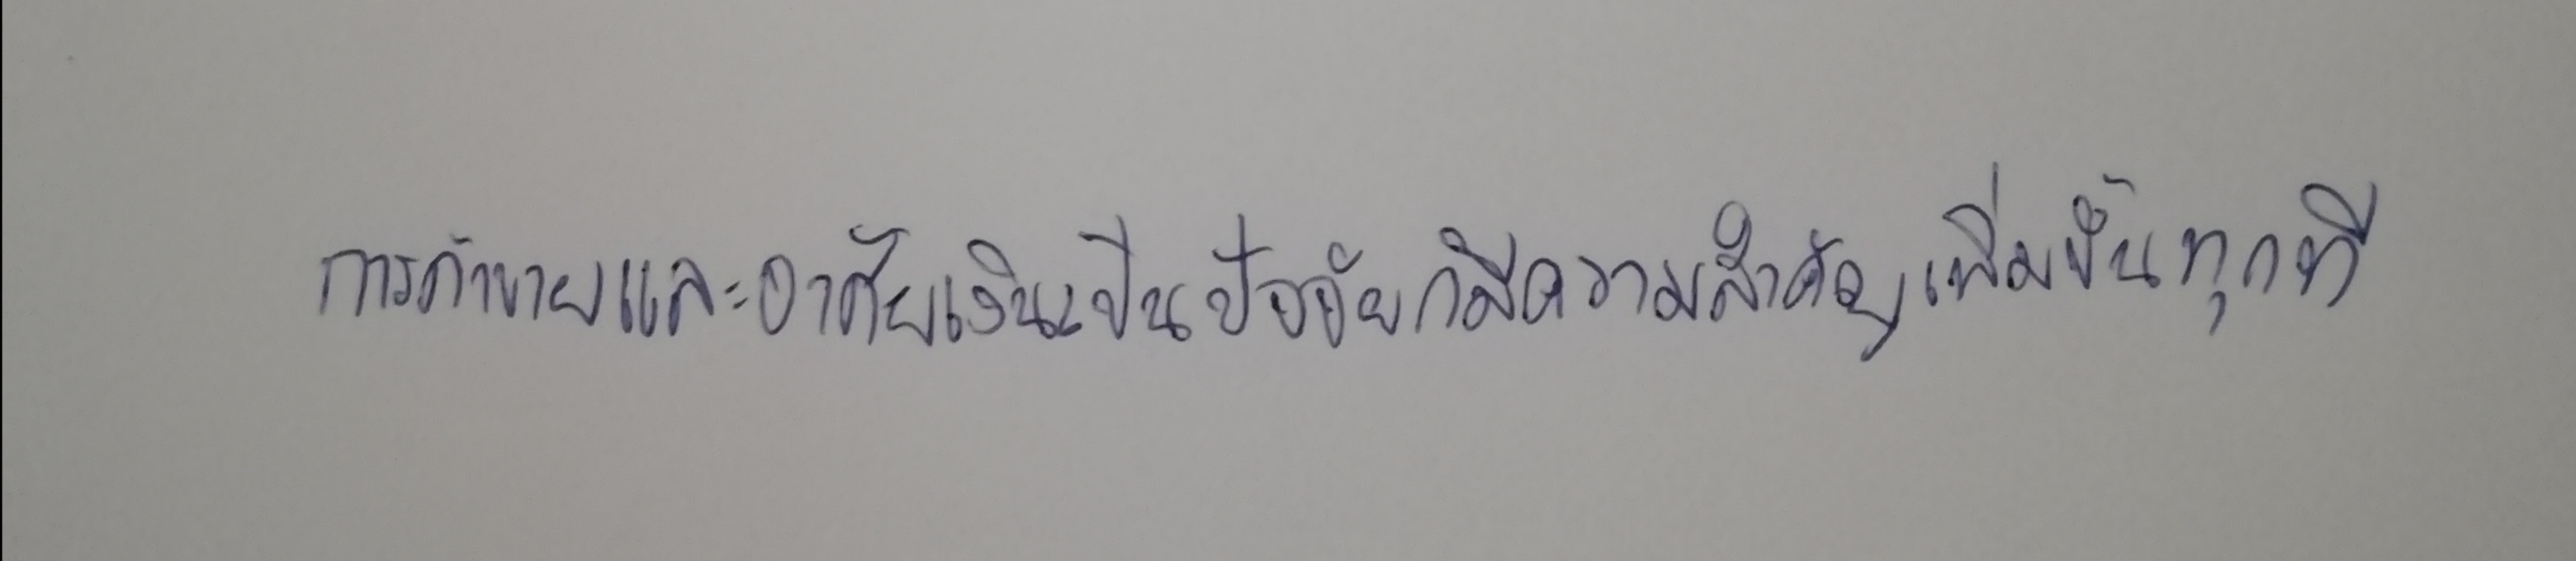
การค้าขายและอาศัยเงินเป็นปัจจัยก็มีความสำคัญเพิ่มขึ้นทุกที